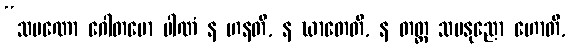
“သမဏော ဂေါတမော ပါဏံ န ဟနတိ, န ဃာတေတိ, န တတ္ထ သမနုညော ဟောတိ,